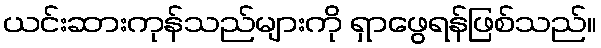
ယင်းဆားကုန်သည်များကို ရှာဖွေရန်ဖြစ်သည်။